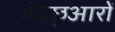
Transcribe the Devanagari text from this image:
मेंमछुआरों